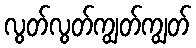
လွတ်လွတ်ကျွတ်ကျွတ်